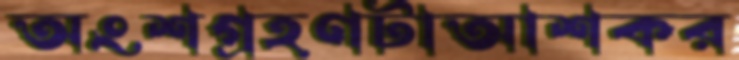
অংশগ্রহণটাআশকর